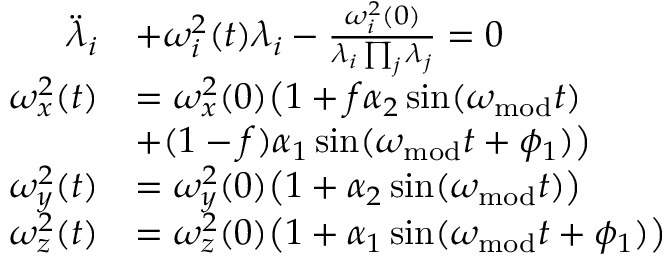
\begin{array} { r l } { \ddot { \lambda } _ { i } } & { + \omega _ { i } ^ { 2 } ( t ) \lambda _ { i } - \frac { \omega _ { i } ^ { 2 } ( 0 ) } { \lambda _ { i } \prod _ { j } \lambda _ { j } } = 0 } \\ { \omega _ { x } ^ { 2 } ( t ) } & { = \omega _ { x } ^ { 2 } ( 0 ) \big ( 1 + f \alpha _ { 2 } \sin ( \omega _ { \mathrm { m o d } } t ) } \\ & { + ( 1 - f ) \alpha _ { 1 } \sin ( \omega _ { \mathrm { m o d } } t + \phi _ { 1 } ) \big ) } \\ { \omega _ { y } ^ { 2 } ( t ) } & { = \omega _ { y } ^ { 2 } ( 0 ) \big ( 1 + \alpha _ { 2 } \sin ( \omega _ { \mathrm { m o d } } t ) \big ) } \\ { \omega _ { z } ^ { 2 } ( t ) } & { = \omega _ { z } ^ { 2 } ( 0 ) \big ( 1 + \alpha _ { 1 } \sin ( \omega _ { \mathrm { m o d } } t + \phi _ { 1 } ) \big ) } \end{array}